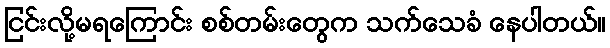
ငြင်းလို့မရကြောင်း စစ်တမ်းတွေက သက်သေခံ နေပါတယ်။